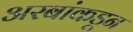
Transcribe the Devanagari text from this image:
अरबांकडून